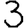
Digit: 3